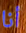
أنا